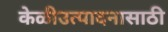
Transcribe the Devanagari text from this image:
केळीउत्पादनासाठी